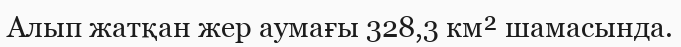
Алып жатқан жер аумағы 328,3 км² шамасында.